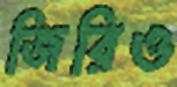
জিরিও